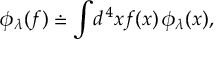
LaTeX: \phi _ { \lambda } ( f ) \doteq \int \! d ^ { \, 4 } x f ( x ) \, \phi _ { \lambda } ( x ) ,